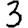
Digit: 3